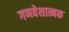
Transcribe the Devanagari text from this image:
गणवेशात्मक